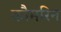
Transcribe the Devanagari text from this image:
कौमरिन